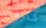
شارفت